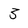
Character: 3